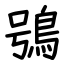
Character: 鴞